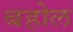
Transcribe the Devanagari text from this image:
बहोल